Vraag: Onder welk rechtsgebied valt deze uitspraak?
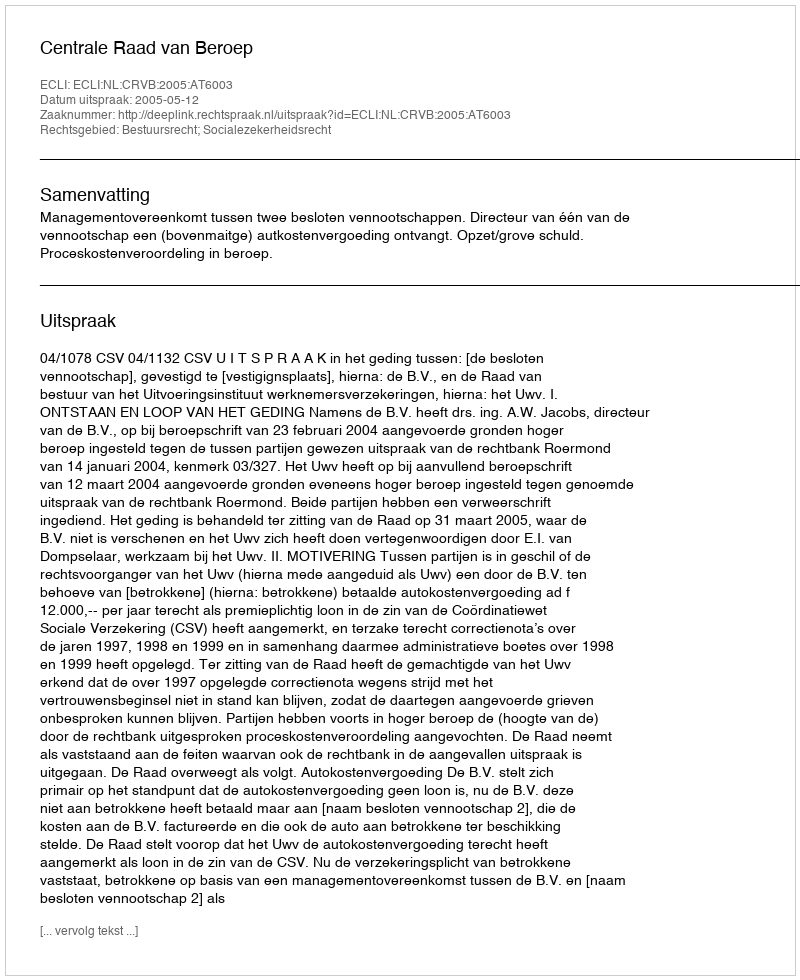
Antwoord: Bestuursrecht; Socialezekerheidsrecht